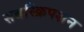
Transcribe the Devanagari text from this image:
सबस्क्रिपशन